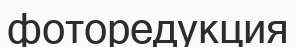
фоторедукция